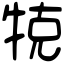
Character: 𤙥